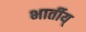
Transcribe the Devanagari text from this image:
भार्तीय्